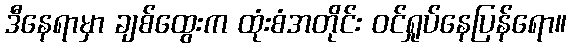
ဒီနေရာမှာ ချစ်ထွေးက ထုံးစံအတိုင်း ဝင်ရှုပ်နေပြန်ရော။